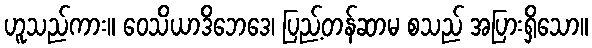
ဟူသည်ကား။ ဝေသိယာဒိဘေဒေ၊ ပြည့်တန်ဆာမ စသည် အပြားရှိသော။